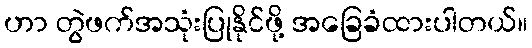
ဟာ တွဲဖက်အသုံးပြုနိုင်ဖို့ အခြေခံထားပါတယ်။